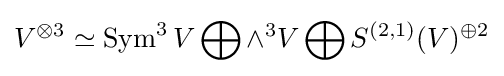
V^{\otimes 3}\simeq \operatorname {Sym} ^{3}V\bigoplus \wedge ^{3}V\bigoplus S^{(2,1)}(V)^{\oplus 2}